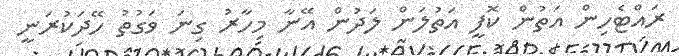
ރައްޓެހިން އަތުން ކޮފީ އަތުލަން ލަދުން އޭނާ މިހާރު ގިނަ ވަގުތު ހޭދަކުރަނީ